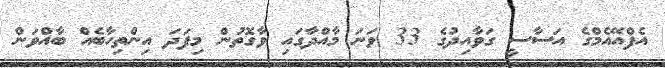
އެފްއޭއެމްގެ އަސާސީ ގަވާއިދުގެ 33 ވަނަ މާއްދާގައި ވާގޮތުން މިފަދަ އިންތިހާބެއް ބާއްވަން